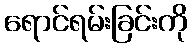
ရောင်ရမ်းခြင်းကို